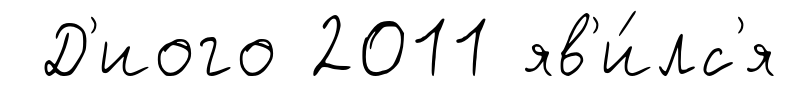
Д'иого 2011 яв'и́лс'я